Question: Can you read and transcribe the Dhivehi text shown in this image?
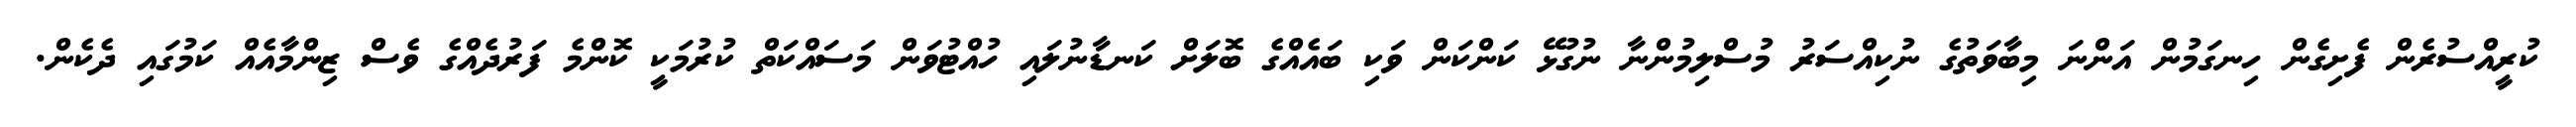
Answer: ކުރީއްސުރެން ފެށިގެން ހިނގަމުން އަންނަ މިބާވަތުގެ ނުކިއްސަރު މުސްލިމުންނާ ނުގުޅޭ ކަންކަން ވަކި ބައެއްގެ ބޮލަށް ކަނޑާނުލައި ހުއްޓުވަން މަސައްކަތް ކުރުމަކީ ކޮންމެ ފަރުދެއްގެ ވެސް ޒިންމާއެއް ކަމުގައި ދެކެން.